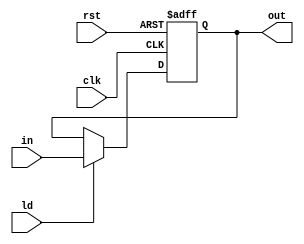
module register #(parameter WORD_LEN=32)(
    clk, 
    rst, 
    ld, 
    in, 
    out
    );
    input clk, rst, ld;
    input [WORD_LEN - 1: 0] in;
    output reg [WORD_LEN - 1: 0] out;

    always @(posedge clk or posedge rst) begin
        if (rst)
            out <= 0;
        else if (ld)
            out <= in;
    end
endmodule